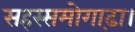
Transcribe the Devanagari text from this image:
सहस्समोगाढ़ा।